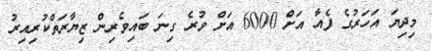
މިދިޔަ އަހަރުގެ ފެއާ އަށް 6000 އަށް ވުރެ ގިނަ ބައިވެރިން ޒިޔާރަތްކުރިއިރު